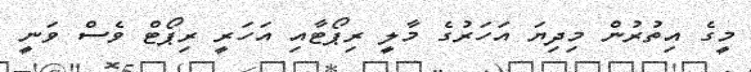
މީގެ އިތުރުން މިދިޔަ އަހަރުގެ މާލީ ރިޕޯޓާއި އަހަރީ ރިޕޯޓް ވެސް ވަނީ